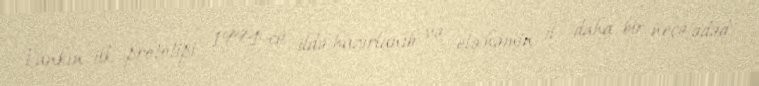
Tankın ilk prototipi 1994-cü ildə hazırlanıb və elə həmin il daha bir neçə ədəd